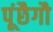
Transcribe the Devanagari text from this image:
पूंछैगौ